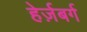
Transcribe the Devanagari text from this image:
हेर्ज़बर्ग